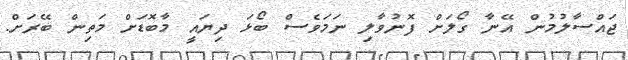
ޖައްސާލުމުން އޭނާ ގޯލަށް ފޮނުވާލި ނަމަވެސް ބޯޅަ ދިޔައީ މާބޮޑަށް މަތިން ބޭރަށް.